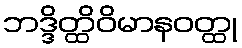
ဘဒ္ဒိတ္ထိဝိမာနဝတ္ထု